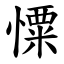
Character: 憟